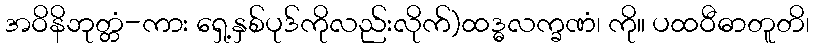
အဝိနိဘုတ္တံ-ကား ရှေ့နှစ်ပုဒ်ကိုလည်းလိုက်)ထဒ္ဓလက္ခဏံ၊ ကို။ ပထဝီဓာတူတိ၊